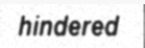
hindered